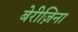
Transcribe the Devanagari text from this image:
बेरीज़िना